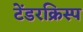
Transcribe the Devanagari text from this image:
टेंडरक्रिस्प